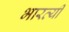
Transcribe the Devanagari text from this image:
भारत्यी